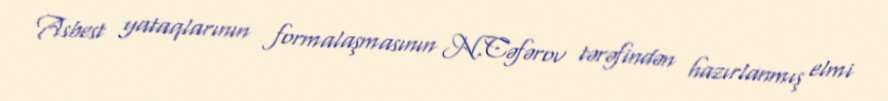
Asbest yataqlarının formalaşmasının N.Cəfərov tərəfindən hazırlanmış elmi